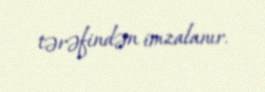
tərəfindən imzalanır.